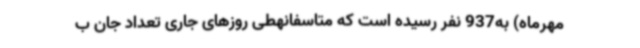
مهرماه) به937 نفر رسیده است که متاسفانهطی روزهای جاری تعداد جان ب